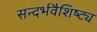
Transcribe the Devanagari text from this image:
सन्दर्भवैशिष्ट्य